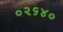
૦૨૬૪૦